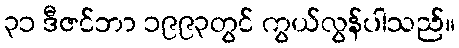
၃၁ ဒီဇင်ဘာ ၁၉၉၃တွင် ကွယ်လွန်ပါသည်။